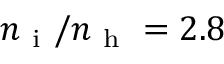
n _ { \mathrm { ~ i ~ } } / n _ { \mathrm { ~ h ~ } } = 2 . 8